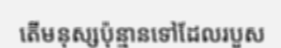
តើមនុស្សប៉ុន្មានទៅដែលរបួស